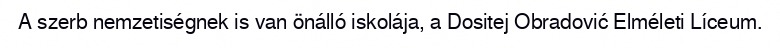
A szerb nemzetiségnek is van önálló iskolája, a Dositej Obradović Elméleti Líceum.